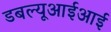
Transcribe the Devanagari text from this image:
डबल्यूआईआई